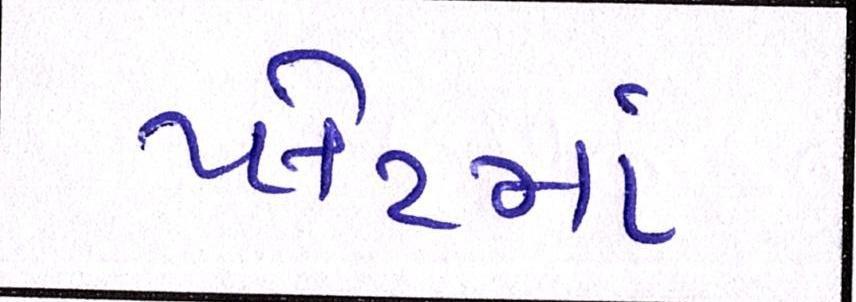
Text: પ્લેટમાં